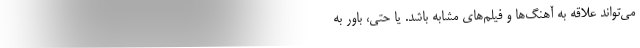
می‌تواند علاقه به آهنگ‌ها و فیلم‌های مشابه باشد. یا حتی، باور به